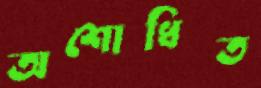
অশোধিত